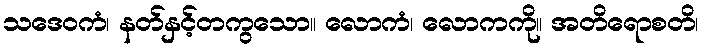
သဒေဝကံ၊ နတ်နှင့်တကွသော။ လောကံ၊ လောကကို။ အတိရောစတိ၊